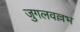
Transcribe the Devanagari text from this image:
जुगलवल्लभ